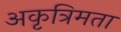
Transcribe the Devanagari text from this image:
अकृत्रिमता